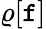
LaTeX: \varrho[\mathtt{f}]